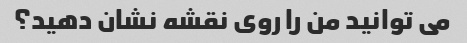
می توانید من را روی نقشه نشان دهید؟